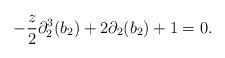
LaTeX: \begin{align*}-\frac{z}{2} \partial^{3}_{2} (b_{2}) + 2 \partial_{2} (b_{2}) +1=0.\end{align*}